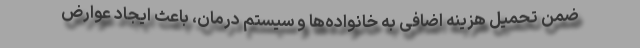
ضمن تحمیل هزینه اضافی به خانواده‌ها و سیستم درمان، باعث ایجاد عوارض